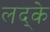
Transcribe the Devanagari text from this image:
लद्के